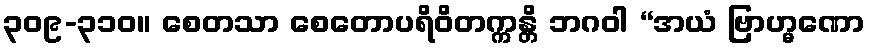
၃၀၉-၃၁၀။ စေတသာ စေတောပရိဝိတက္ကန္တိ ဘဂဝါ “အယံ ဗြာဟ္မဏော